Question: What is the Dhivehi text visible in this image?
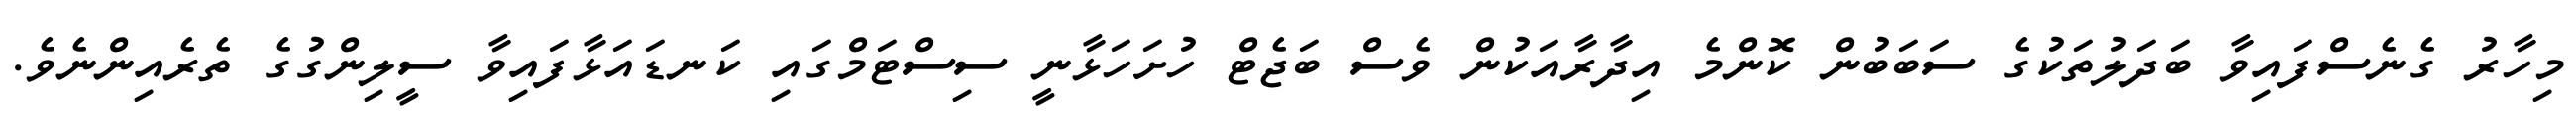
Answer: މިހާރު ގެނެސްފައިވާ ބަދަލުތަކުގެ ސަބަބުން ކޮންމެ އިދާރާއަކުން ވެސް ބަޖެޓް ހުށަހަޅާނީ ސިސްޓަމްގައި ކަނޑައަޅާފައިވާ ސީލިންގުގެ ތެރެއިންނެވެ.